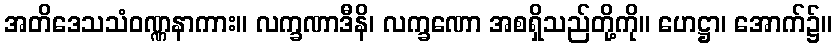
အတိဒေသသံဝဏ္ဏနာကား။ လက္ခဏာဒီနိ၊ လက္ခဏော အစရှိသည်တို့ကို။ ဟေဋ္ဌာ၊ အောက်၌။